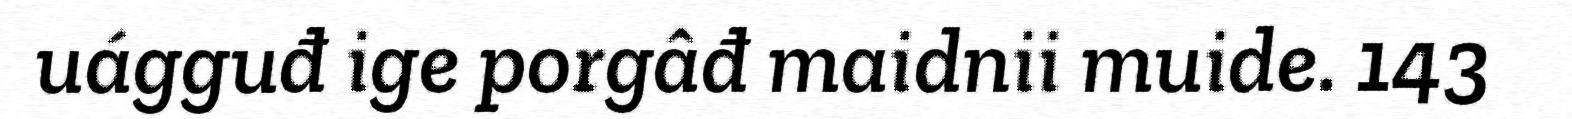
uágguđ ige porgâđ maidnii muide. 143